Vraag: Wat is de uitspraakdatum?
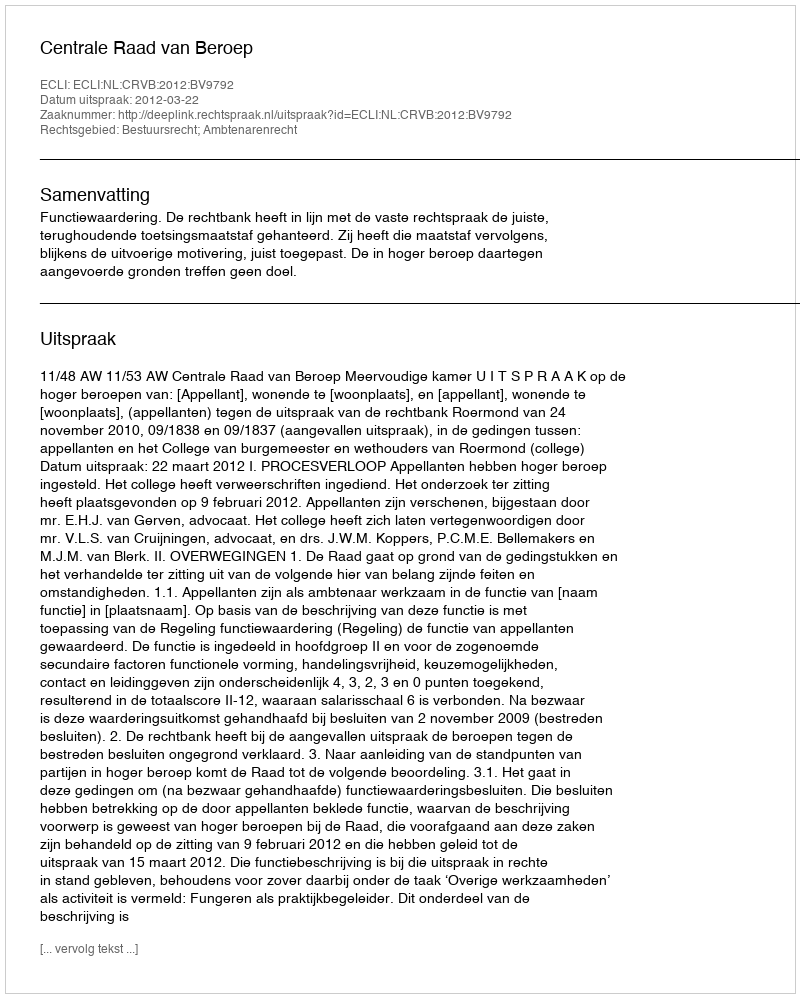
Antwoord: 2012-03-22